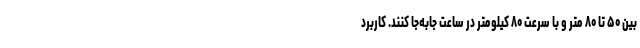
بین ۵۰ تا ۸۰ متر و با سرعت ۸۰ کیلومتر در ساعت جابه‌جا کنند. کاربرد